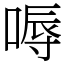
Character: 嗕